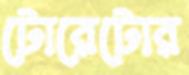
টোরেটোর